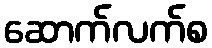
ဆောက်လက်စ